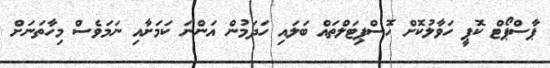
ޕާސްޕޯޓް ކޮޕީ ހަވާލުކޮށް ހޮސްޕިޓަލްތައް ބަލައި ހަދަމުން އަންނަ ކަމަށާއި ނަމަވެސް މިހާތަނަށް